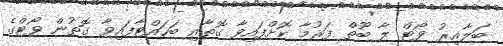
ބަލާއިރު ވޯޓް ލާ ބޫތް ފަރުމާ ކޮށްފައިވާ ގޮތާއި ބަހައްޓާފައިވާ ގޮތުން ވޯޓްގެ